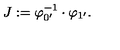
J : = \varphi _ { 0 ^ { \prime } } ^ { - 1 } \cdot \varphi _ { 1 ^ { \prime } } .